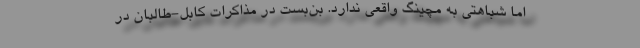
اما شباهتی به مچینگ واقعی ندارد. بن‌بست در مذاکرات کابل-طالبان در